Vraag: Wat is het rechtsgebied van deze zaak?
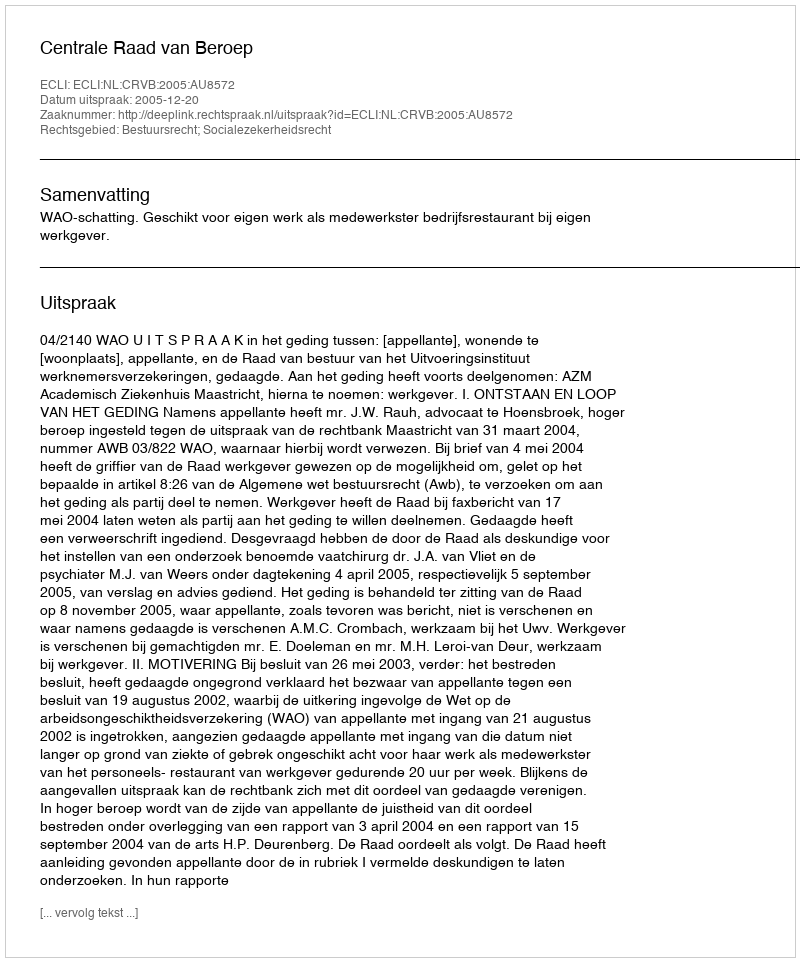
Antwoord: Bestuursrecht; Socialezekerheidsrecht